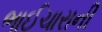
ભાઈચારાની